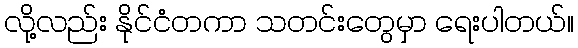
လို့လည်း နိုင်ငံတကာ သတင်းတွေမှာ ရေးပါတယ်။